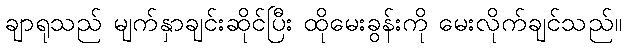
ချာရုသည် မျက်နှာချင်းဆိုင်ပြီး ထိုမေးခွန်းကို မေးလိုက်ချင်သည်။